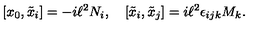
[ x _ { 0 } , \tilde { x } _ { i } ] = - i \ell ^ { 2 } N _ { i } , \quad [ \tilde { x } _ { i } , \tilde { x } _ { j } ] = i \ell ^ { 2 } \epsilon _ { i j k } M _ { k } .